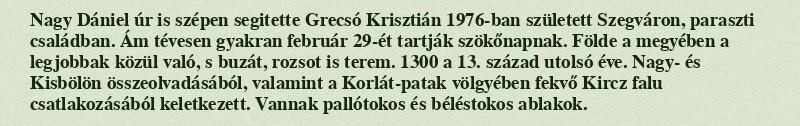
Nagy Dániel úr is szépen segitette Grecsó Krisztián 1976-ban született Szegváron, paraszti családban. Ám tévesen gyakran február 29-ét tartják szökőnapnak. Földe a megyében a legjobbak közül való, s buzát, rozsot is terem. 1300 a 13. század utolsó éve. Nagy- és Kisbölön összeolvadásából, valamint a Korlát-patak völgyében fekvő Kircz falu csatlakozásából keletkezett. Vannak pallótokos és béléstokos ablakok.